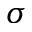
\sigma